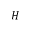
H